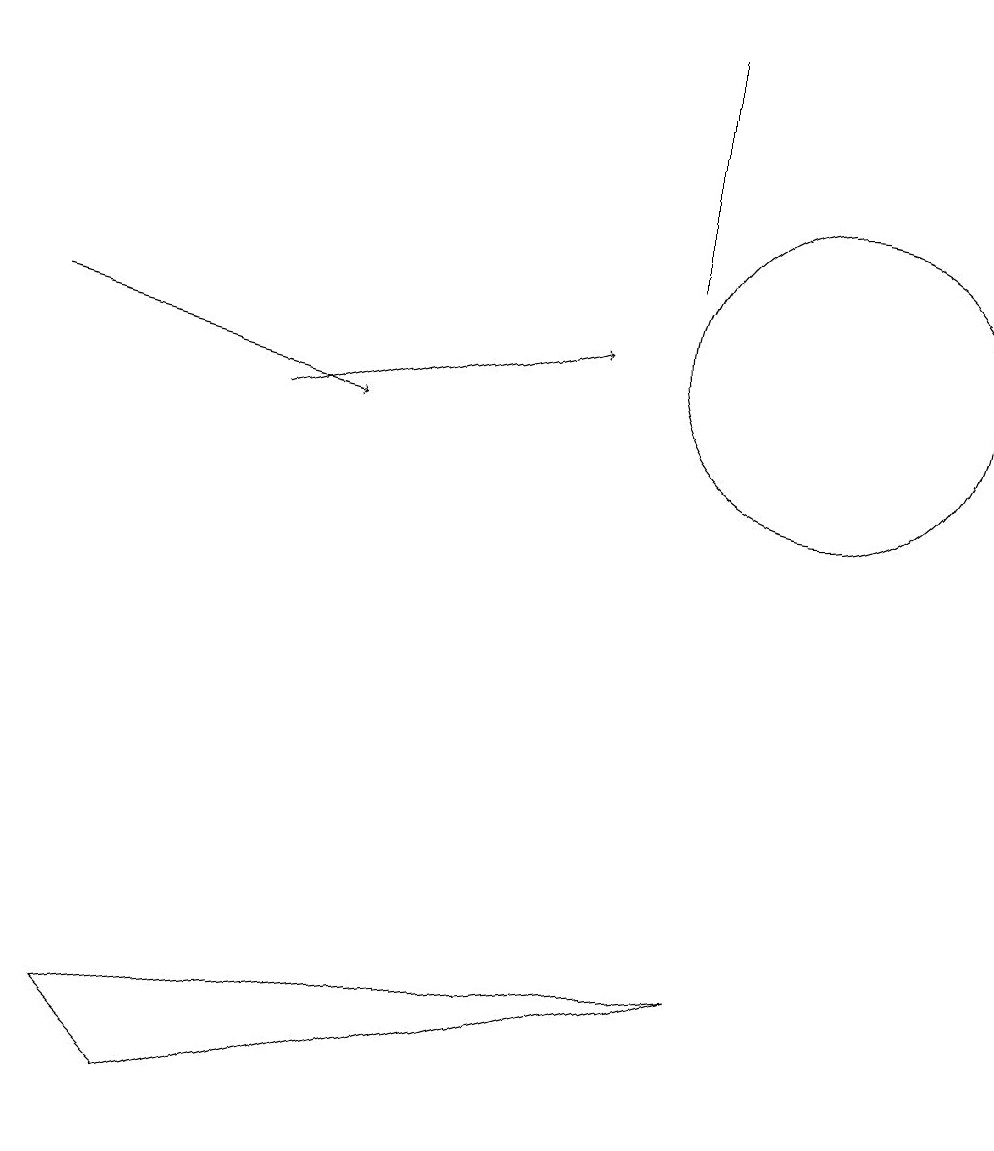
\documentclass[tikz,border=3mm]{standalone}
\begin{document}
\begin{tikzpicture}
\draw[->] (3,10) -- (7,11);
\draw (2,1) -- (1,2) -- (9,3) -- cycle;
\draw (10,11) circle (2);
\draw (8,15) rectangle (8,12);
\draw[->] (0,11) -- (4,10);
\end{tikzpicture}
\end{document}